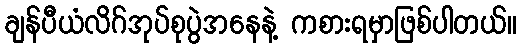
ချန်ပီယံလိဂ်အုပ်စုပွဲအနေနဲ့ ကစားရမှာဖြစ်ပါတယ်။